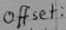
Text: Offset